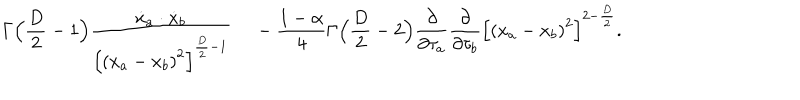
\Gamma \Bigl ( { \frac { D } { 2 } } - 1 \Bigr ) { { \frac { \dot { x } _ { a } \cdot \dot { x } _ { b } } { { \Bigl [ { ( x _ { a } - x _ { b } ) } ^ { 2 } \Bigr ] } ^ { { \frac { D } { 2 } } - 1 } } } \quad } \nonumber \, - { \frac { 1 - \alpha } { 4 } } \Gamma \Bigl ( { { \frac { D } { 2 } } - 2 } \Bigr ) { \frac { \partial } { \partial \tau _ { a } } } { \frac { \partial } { \partial \tau _ { b } } } { \Bigl [ { ( x _ { a } - x _ { b } ) } ^ { 2 } \Bigr ] } ^ { 2 - { \frac { D } { 2 } } } .